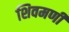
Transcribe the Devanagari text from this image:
शिवमणी